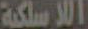
اللاسلكية